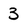
Character: 3